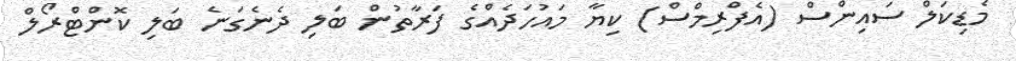
މެޑިކަލް ސައިންސް (އެފްރިމްސް) ކިޔާ މައުހަދެއްގެ ފަރާތުން ބަލި ދެނެގަނެ ބަލި ކޮންޓްރޯލް